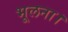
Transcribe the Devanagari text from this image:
भूलना।